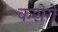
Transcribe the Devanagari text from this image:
करोगें